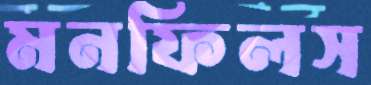
মনফিলস